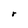
Character: r